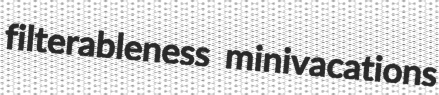
filterableness minivacations